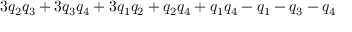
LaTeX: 3 q _ { 2 } q _ { 3 } + 3 q _ { 3 } q _ { 4 } + 3 q _ { 1 } q _ { 2 } + q _ { 2 } q _ { 4 } + q _ { 1 } q _ { 4 } - q _ { 1 } - q _ { 3 } - q _ { 4 }